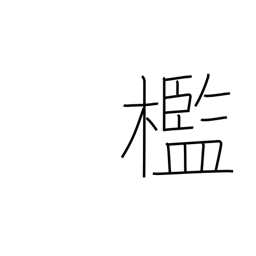
Meaning: cell